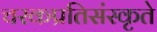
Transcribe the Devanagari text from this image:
चरकप्रतिसंस्कृते